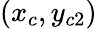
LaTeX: (x_{c},y_{c2})